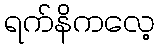
ရက်နိကလေ့